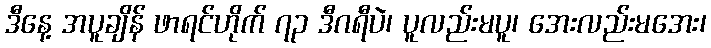
ဒီနေ့ အပူချိန် ဖာရင်ဟိုက် ၇၃ ဒီဂရီပဲ၊ ပူလည်းမပူ၊ အေးလည်းမအေး၊